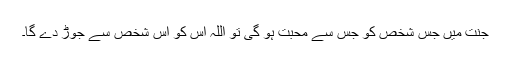
جنت میں جس شخص کو جس سے محبت ہو گی تو اللہ اس کو اس شخص سے جوڑ دے گا۔